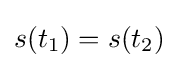
s(t_{1})=s(t_{2})